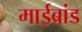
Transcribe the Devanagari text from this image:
माईब्रांड